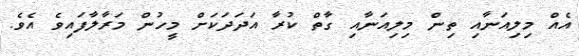
އެއް މިލިއަނާއި ތިން މިލިއަނާއި ގާތް ކުރާ އަދަދަކަށް މީހުން މަރާލާފައިވެ އެވެ.